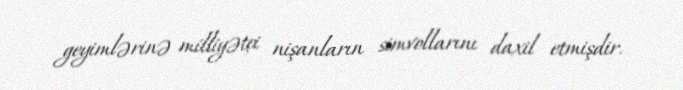
geyimlərinə milliyətçi nişanların simvollarını daxil etmişdir.